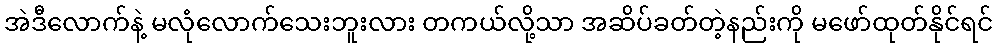
အဲဒီလောက်နဲ့ မလုံလောက်သေးဘူးလား တကယ်လို့သာ အဆိပ်ခတ်တဲ့နည်းကို မဖော်ထုတ်နိုင်ရင်